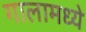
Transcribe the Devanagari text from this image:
गालामध्ये